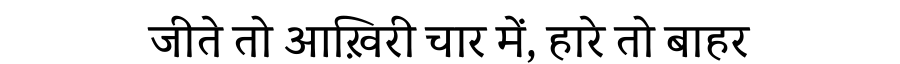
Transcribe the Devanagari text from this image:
जीते तो आख़िरी चार में, हारे तो बाहर